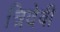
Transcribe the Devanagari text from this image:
त्रिदेवी